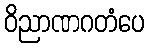
ဝိညာဏဂတံပေ